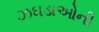
ઝઘડાઓની